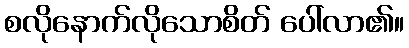
စလိုနောက်လိုသောစိတ် ပေါ်လာ၏။